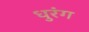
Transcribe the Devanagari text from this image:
धुरंग